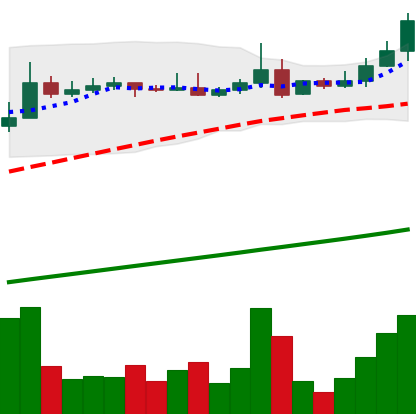
Ticker: ADA-USD
Chart end date: 2021-04-13
Forward return: -9.653%
Label: down_7plus